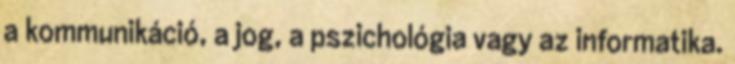
a kommunikáció, a jog, a pszichológia vagy az informatika.